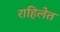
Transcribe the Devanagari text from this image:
राहिलेत